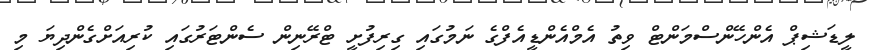
ލީޑަޝިޕް އެންހޭންސްމަންޓް ވިތު އެމްއެންޑީއެފްގެ ނަމުގައި ގިރިފުށީ ޓްރޭނިން ސެންޓަރުގައި ކުރިއަށްގެންދިޔަ މި